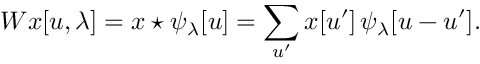
W x [ u , \lambda ] = x \star \psi _ { \lambda } [ u ] = \sum _ { u ^ { \prime } } x [ u ^ { \prime } ] \, \psi _ { \lambda } [ u - u ^ { \prime } ] .